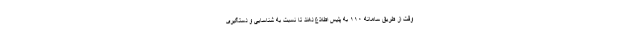
وقت از طریق سامانه ۱۱۰ به پلیس اطلاع دهند تا نسبت به شناسایی و دستگیری